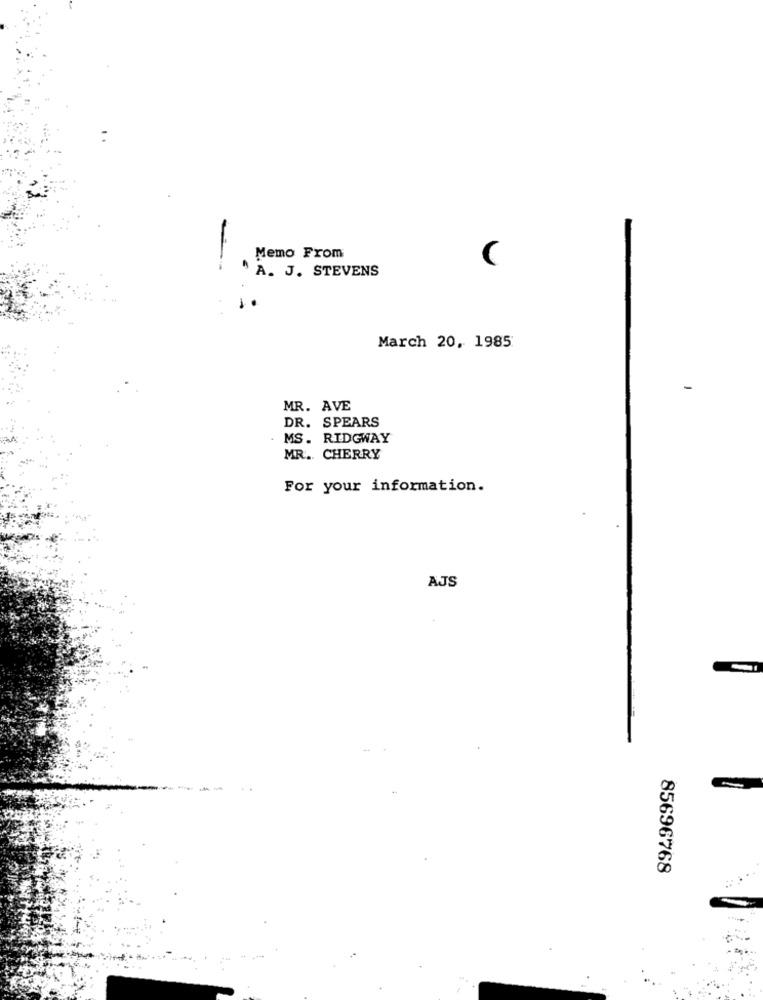
Memo From
C
A. J. STEVENS
March 20, 1985
MR. AVE
DR. SPEARS
MS. RIDGWAY
MR. CHERRY
For your information.
AJS
85696768